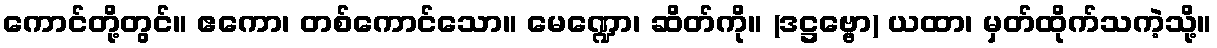
ကောင်တို့တွင်။ ဧကော၊ တစ်ကောင်သော။ မေဏ္ဍော၊ ဆိတ်ကို။ (ဒဋ္ဌဗ္ဗော) ယထာ၊ မှတ်ထိုက်သကဲ့သို့။